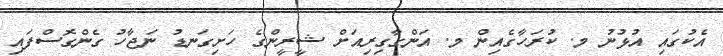
އެކުގައި އުޅުނު މ. ކުރަހާގެއިން މ. އަންގާގިރިއަށް ޝީރީންގެ ހަށިގަނޑު ނަޖާހު ގެންގޮސްފައި